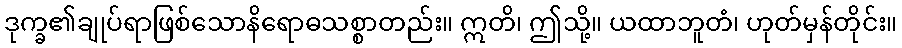
ဒုက္ခ၏ချုပ်ရာဖြစ်သောနိရောဓသစ္စာတည်း။ ဣတိ၊ ဤသို့။ ယထာဘူတံ၊ ဟုတ်မှန်တိုင်း။